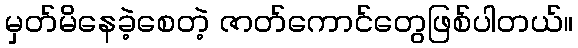
မှတ်မိနေခဲ့စေတဲ့ ဇာတ်ကောင်တွေဖြစ်ပါတယ်။